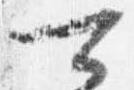
可